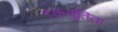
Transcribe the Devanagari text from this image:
रक्तवूतिता